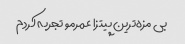
بى مزه‌ترین پیتزا عمرمو تجربه کردم